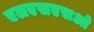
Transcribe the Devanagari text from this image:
एलएसएसओ